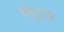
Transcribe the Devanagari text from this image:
मिट्रास